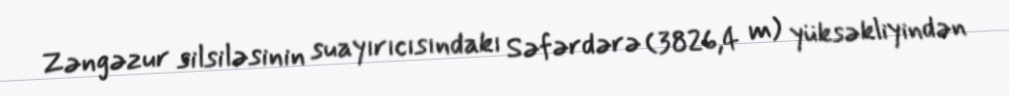
Zəngəzur silsiləsinin suayırıcısındakı Səfərdərə (3826,4 m) yüksəkliyindən